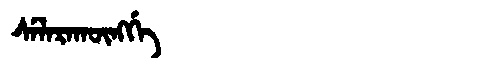
Manchu: ᠰᡝᠯᠠᡵᠠᡴᡡᠩᡤᡝ
Romanization: SELARAKŪNGGE